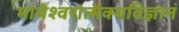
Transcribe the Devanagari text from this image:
मायेश्वरात्मैक्यविज्ञानं